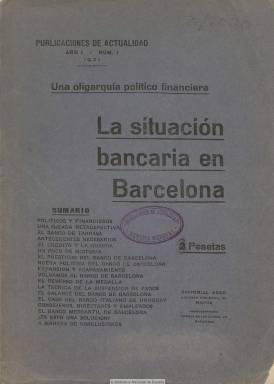
Título: Publicaciones de actualidad
Colección: Economía
Ámbito geográfico: Madrid
Lugar de publicación: Madrid
Fechas: 01/01/1921-31/12/1923

A partir de su segundo número toma el subtítulo de revista de hacienda, banca e industria, que después ampliará a comercio y seguros. Con indicación sólo del año de aparición, su primera entrega debe corresponder a agosto de 1921 y aunque exprese que su frecuencia es mensual no la cumplirá con exactitud. Es fundada y dirigida por el periodista Antonio Rodríguez López de Arco (1873-1956), editor también de varios anuarios financieros y empresariales, cuando, tras el fin de la primera guerra mundial, la recesión económica se ha generalizado y en España ha estallado la crisis financiera con la suspensión de pagos del Banco de Barcelona a finales de 1920 y Francisco Cambó (1876-1947) ocupa la cartera de Hacienda.

Desde un talante independiente, progresista, moralizador y regenerador, y crítico con la connivencia del poder político con la oligarquía financiera e industrial, las páginas de cada entrega están dedicadas a monográficos contra los abusos del sistema y a la defensa de la ordenación y regulación de la banca y la industria y el papel del Banco de España. En su portada expresará que la publicación tiene como objetivo “realizar una labor de moralidad imparcial y severa”, y su independencia quedará reforzada al indicar que no admitirá ni subvenciones ni publicidad de entidades financieras ni de seguros.

Cada entrega, superior a las sesenta páginas, va numerada y bajo un título distintivo, y con un sumario con los diferentes capítulos en los que se divide cada monografía. Sus textos serán artículos descriptivos y críticos, a medio camino entre el reportaje y la crónica, incluyendo también algunas entrevistas. La principal firma de sus textos aparece bajo las iniciales P.A. Y en algún lugar se ha señalado que el abogado Rafal González Castell (1885-1965) pudo ejercer de redactor-jefe.

Tratará sobre los antecedentes y la situación de los bancos de Tarrasa y Barcelona, el funcionamiento y connivencias de las oligarquías financieras y políticas; las irregularidades y responsabilidades del sindicato de banqueros y las sociedades anónimas en la crisis; del papel del Banco de España o sobre la codicia de los dirigentes de Altos Hornos de Vizcaya; de los escándalos especulativos financieros; la incapacidad de los dirigentes bancarios; la depreciación de los valores, los fraudes y estafas económicas; el trabajo de los empleados de banco y bolsa; del fascismo, la política y lo económico: del valor o porvenir de la libra, el franco y la peseta, o de las causas de la intervención militar de España en el Rif y el timo de las emisiones. Por sus páginas también desfilarán los nombres de la élite financiera, empresarial y política.

Aunque el número 16, de 1923, es el último de la colección de este título en la Biblioteca Nacional de España, se conoce también la existencia del número 17, que debió aparecer en julio de ese año. Su director y propietario de Editorial Arco fundará y dirigirá a continuación la revista Economía (1923-1944) y, en 1930, la Agencia Internacional Arco. Carlos Velasco Murviedro es autor de un análisis de esta revista, publicado en la obra colectiva La sociedad madrileña durante la Restauración (1989).